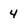
Character: 4